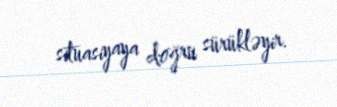
situasiyaya doğru sürükləyir.